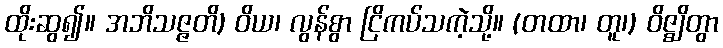
ထိုးဆွ၍။ အဘိသဇ္ဇတိ) ဝိယ၊ လွန်စွာ ငြိကပ်သကဲ့သို့။ (တထာ၊ တူ၊) ဝိဇ္ဈိတွာ